Vaccination in Bombay 1902-1912 - 1902-1912
Year: 1902
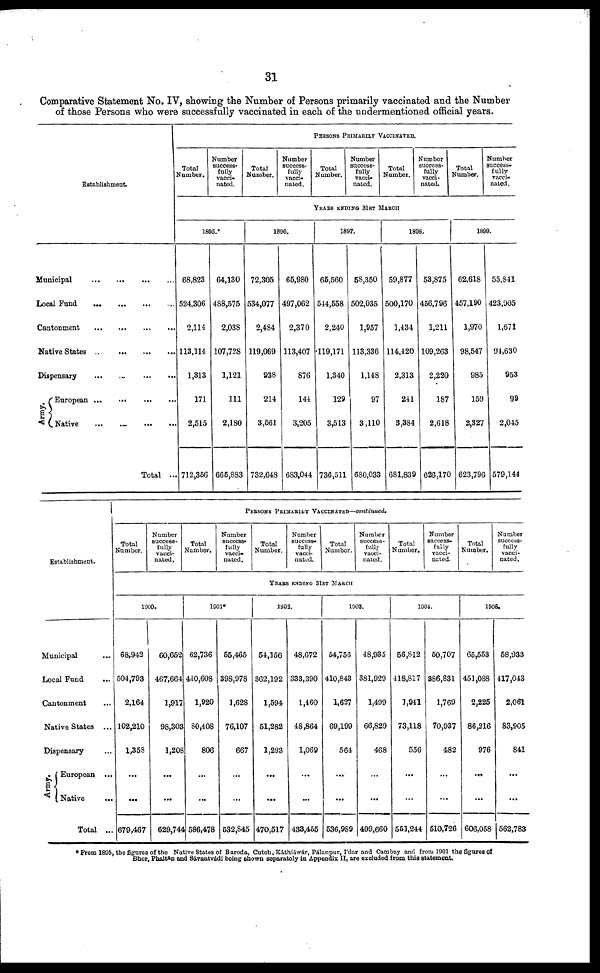
31
Comparative Statement No. IV, showing the Number of Persons primarily vaccinated and the Number
of those Persons who were successfully vaccinated in each of the undermentioned official years.
Establishment.
Municipal
...
...
...
...
Local Fund
...
...
...
...
Cantonment
...
...
...
...
Native States
...
...
...
...
Dispensary
...
...
...
...
Army.
European
...
...
...
...
Native
...
...
...
...
Total ...
PERSONS PRIMARILY VACCINATED.
Total
Number.
Number
success-
fully
vacci-
nated.
Total
Number.
Number
success-
fully
vacci-
nated.
Total
Number.
Number
success-
fully
vacci-
nated.
Total
Number.
Number
success-
fully
vacci-
nated.
Total
Number.
Number
success-
fully
vacci-
nated.
YEARS ENDING 31ST MARCH
1895.*
68,823
524,306
2,114
113,114
1,313
171
2,515
712,356
64,130
488,575
2,038
107,728
1,121
111
2,180
665,883
1896.
72,305
534,077
2,484
119,069
938
214
3,561
732,648
65,980
497,062
2,370
113,407
876
144
3,205
683,044
1897.
65,560
544,558
2,240
119,171
1,340
129
3,513
736,511
58,350
502,035
1,957
113,336
1,148
97
3,110
680,033
1898.
59,877
500,170
1,434
114,420
2,313
241
3,384
681,839
53,875
456,796
1,211
109,263
2,220
187
2,618
626,170
1899.
62,618
457,190
1,970
98,547
985
159
2,327
623,796
55,841
423,905
1,671
94,630
953
99
2,045
579,144
Establishment.
Municipal ...
Local Fund ...
Cantonment ...
Native States ...
Dispensary ...
Army.
European ...
Native
...
Total ...
PERSONS PRIMARILY
VACCINATED—continued.
Total
Number.
Number
success-
fully
vacci-
nated.
Total
Number.
Number
success-
fully
vacci-
nated.
Total
Number.
Number
success-
fully
vacci-
nated.
Total
Number.
Number
success-
fully
vacci-
nated.
Total
Number.
Number
success-
fully
vacci-
nated.
Total
Number.
Number
success-
fully
vacci-
nated.
YEARS ENDING 31ST MARCH
1900.
68,942
504,793
2,164
102,210
1,358
...
...
679,4,67
60,652
467,664
1,917
98,303
1,208
...
...
629,744
1901*
62,736
440,608
1,920
80,408
806
...
...
586,478
55,465
398,978
1,628
76,107
667
...
...
532,845
1902.
54,156
362,192
1,594
51,282
1,293
...
...
470,517
48,672
333,390
1,460
48,864
1,069
...
...
433,455
1903.
54,756
410,843
1,627
69,199
564
...
...
536,989
48,935
381,929
1,499
66,829
468
...
...
499,660
1904.
56,812
418,817
1,941
73,118
556
...
...
561,244
50,707
386,831
1,769
70,937
482
...
...
510,726
1905.
65,553
451,088
2,225
86,216
976
...
...
606,058
58,933
417,043
2,061
83,905
841
...
...
562,783
* From 1895, the figures of the Native States of Baroda, Cutch. Káthiáwár, Pálanpur, I'dar and Cambay and from 1901 the figures of
Bhor, Phaltan and Sàvantvádi being shown separately in Appendix II, ore excluded from this statement.